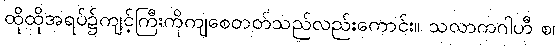
ထိုထိုအရပ်၌ကျင့်ကြီးကိုကျစေတတ်သည်လည်းကောင်း။ သလာကဂါဟီ စ၊